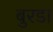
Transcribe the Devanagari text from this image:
बुरडा